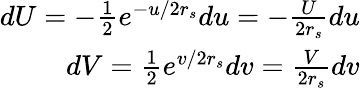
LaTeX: \begin{array}{r}{dU=-\frac{1}{2}e^{-u/2r_{s}}du=-\frac{U}{2r_{s}}du}\\ {dV=\frac{1}{2}e^{v/2r_{s}}dv=\frac{V}{2r_{s}}dv}\end{array}